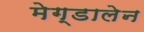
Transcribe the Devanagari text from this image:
मेग्डालेन